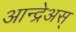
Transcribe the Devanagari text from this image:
आन्द्रेअस्